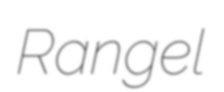
Rangel